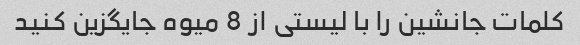
کلمات جانشین را با لیستی از 8 میوه جایگزین کنید